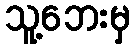
သူ့ဘေးမှ